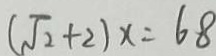
( \sqrt { 2 } + 2 ) x = 6 8